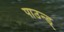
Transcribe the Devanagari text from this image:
पाउन्ड्